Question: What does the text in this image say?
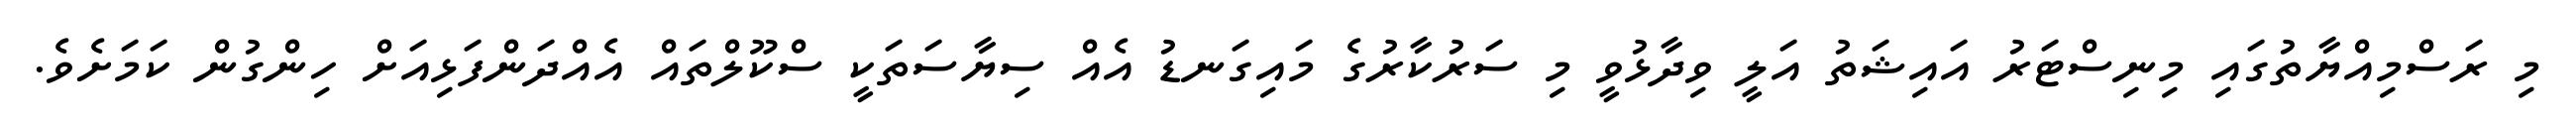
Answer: މި ރަސްމިއްޔާތުގައި މިނިސްޓަރު އައިޝަތު އަލީ ވިދާޅުވީ މި ސަރުކާރުގެ މައިގަނޑު އެއް ސިޔާސަތަކީ ސްކޫލްތައް އެއްދަންފަޅިއަށް ހިންގުން ކަމަށެވެ.